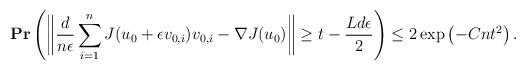
LaTeX: \begin{align*}\mathbf{Pr}\left( \bigg\|\frac{d}{n\epsilon} \sum_{i=1}^{n} J(u_0 + \epsilon v_{0,i})v_{0,i} - \nabla J(u_0) \bigg\| \geq t - \frac{Ld\epsilon}{2}\right) \leq 2\exp\left( - Cnt^2 \right).\end{align*}